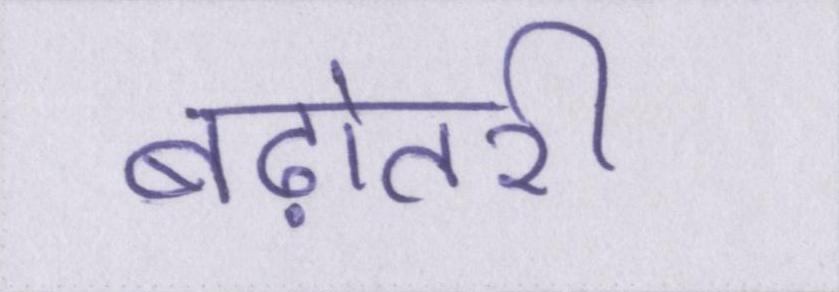
बढ़ोतरी